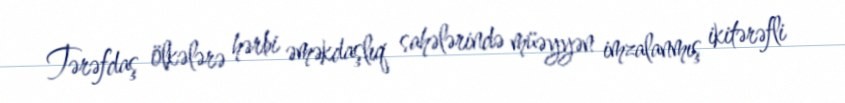
Tərəfdaş ölkələrə hərbi əməkdaşlıq sahələrində müəyyən imzalanmış ikitərəfli